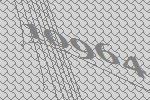
10964